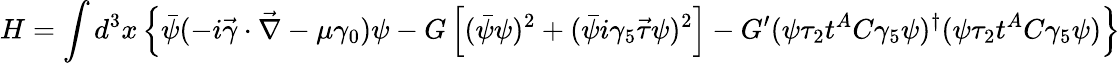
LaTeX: H=\int d^{3}x\left\{ \bar{\psi}(-i\vec{\gamma}\cdot\vec{\nabla}-\mu\gamma_{0})\psi-G\left[(\bar{\psi}\psi)^{2}+(\bar{\psi}i\gamma_{5}\vec{\tau}\psi)^{2}\right]-G^{\prime}(\psi\tau_{2}t^{A}C\gamma_{5}\psi)^{\dagger}(\psi\tau_{2}t^{A}C\gamma_{5}\psi)\right\}